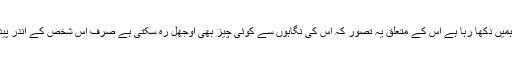
جو خدا اپنی قدرت کی یہ شان ہر شب میں ہمیں دکھا رہا ہے اس کے متعلق یہ تصور کہ اس کی نگاہوں سے کوئی چیز بھی اوجھل رہ سکتی ہے صرف اس شخص کے اندر پیدا ہو سکتا ہے جو عقل سے بالکل عاری ہو۔